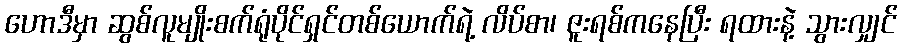
ဟောဒီမှာ ဆွစ်လူမျိုးစက်ရုံပိုင်ရှင်တစ်ယောက်ရဲ့ လိပ်စာ၊ ဇူးရစ်ကနေပြီး ရထားနဲ့ သွားလျှင်